Account of plague administration in the Bombay Presidency from September 1896 till May 1897
Year: 1896
Disease focus: Plague
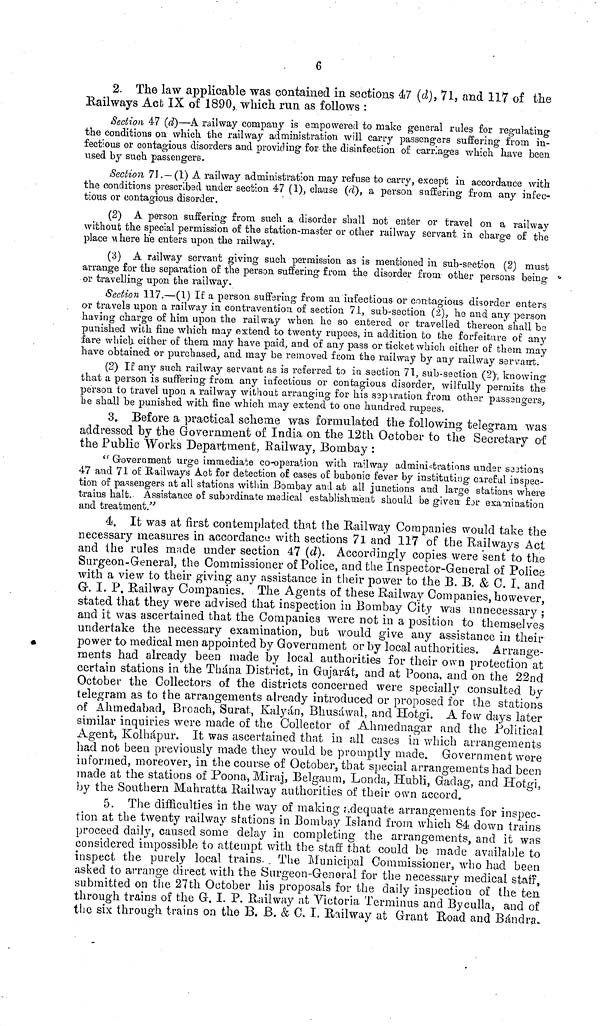
6
2. The law applicable was contained in sections 47 (d), 71, and 117 of the
Eailways Act IX of 1890, which run as follows :
Section 47 (d)—A railway company is empowered to make general rules for regulating
the conditions on which the railway administration will carry passengers suffering from in-
fectious or contagious disorders and providing for the disinfection of carriages which have been
vised by such passengers.
Section 71.—(1) A railway administration may refuse to carry, except in accordance with
the conditions prescribed under section 47 (1), clause (d), a person suffering from any infec-
tious or contagious disorder.
(2) A person suffering from such a disorder shall not enter or travel on a railway
without the special permission of the station-master or other railway servant in charge of the
place M here he enters upon the railway.
(3) A railway servant giving such permission as is mentioned in sub-section (2) must
arrange for the separation of the person suffering from the disorder from other persons being
or travelling upon the railway.
Section 117.—(1) If a person suffering from an infectious or contagious disorder enters
or travels upon a railway in contravention of section 71, sub-section (2), he and any person
having charge of him upon the railway when he so entered or travelled thereon shall be
punished with fine which may extend to twenty rupees, in addition to the forfeiture of any
fare which cither of them may have paid, and of any pass or ticket which either of them may
have obtained or purchased, and may be removed from the railway by any railway servant.
(2) If any such railway servant as is referred to in section 71, sub-section (2)-, knowing
that a person is suffering from any infectious or contagious disorder, wilfully permits the
person to travel upon a railway without arranging for his separation from other passengers,
he shall be punished with fine which may extend to one hundred rupees.
3. Before a practical scheme was formulated the following telegram was
addressed by the Government of India on the 12th October to the Secretary of
the Public Works Department, Railway, Bombay :
"Government urge immediate co-operation with railway administrations under Sections
47 and 71 of Eailways Act for detection of cases of bubonic fever by instituting careful inspec-
tion of passengers at all stations within Bombay and at all junctions and large stations where
trains halt. Assistance of subordinate medical establishment should be given for examination
and treatment."
4. It was at first contemplated that the Railway Companies would take the
necessary measures in accordance with sections 71 and 117 of the Railways Act
and the rules made under section 47 (d). Accordingly copies were sent to the
Surgeon-General, the Commissioner of Police, and the Inspector-General of Police
with a view to their giving any assistance in their power to the B. B. & 0. I. and
G. I. P. Railway Companies. The Agents of these Railway Companies, however,
stated that they were advised that inspection in Bombay City was unnecessary ;
and it was ascertained that the Companies were not in a position to themselves
undertake the necessary examination, but would give any assistance in their
power to medical men appointed by Government or by local authorities. Arrange-
ments had already been made by local authorities for their own protection at
certain stations in the Thána District, in Gujarat, and at Poona, and on the 22nd
October the Collectors of the districts concerned were specially consulted by
telegram as to the arrangements already introduced or proposed for the stations
of Ahmedabad, Broach, Surat, Kalyán, Bhusáwal, and Hotgi. A few days later
similar inquiries were made of the Collector of Ahmednagar and the Political
Agent, Kolhápur. It was ascertained that in all cases in which arrangements
had not been previously made they would be promptly made. Government were
informed, moreover, in the course of October, that special arrangements had been
made at the stations of Poona, Miraj, Belgaum, Londa, Hubli, Gadag, and Hotgi,
by the Southern Mahratta Railway authorities of their own accord.
5. The difficulties in the way of making adequate arrangements for inspec-
tion at the twenty railway stations in Bombay Island from which 84 down trains
proceed daily, caused some delay in completing the arrangements, and it was
considered impossible to attempt with the staff that could be made available to
inspect the purely local trains. The Municipal Commissioner, who had been
asked to arrange direct with the Surgeon-General for the necessary medical staff,
submitted on the 27th October his proposals for the daily inspection of the ten
through trains of the G. I. P. Railway at Victoria Terminus and Byculla, and of
the six through trains on the B. ß. & C. I, Railway at Grant Road and Bándra.